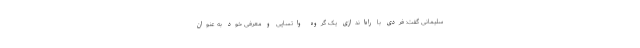
سلیمانی گفت: فردی با راه‌اندازی یک گروه واتساپی و معرفی خود به عنوان